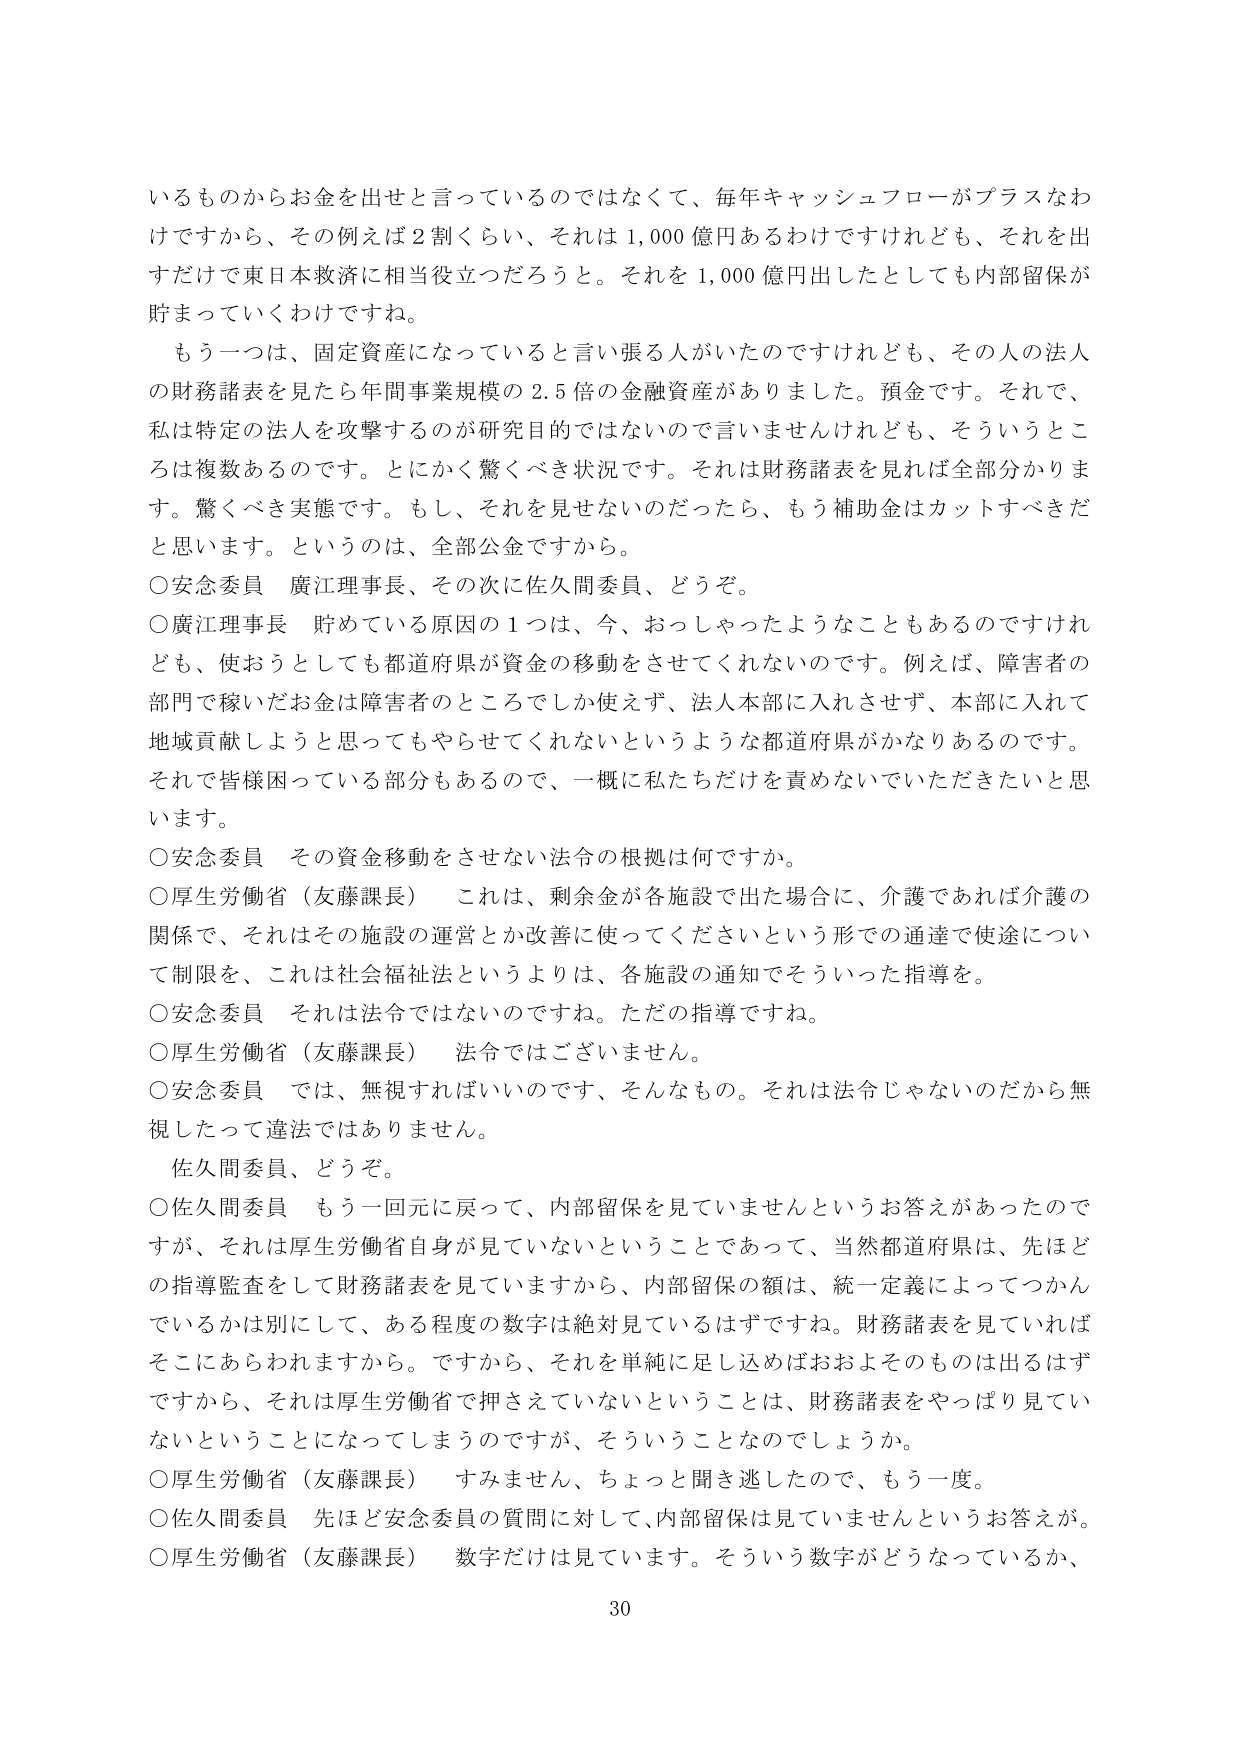
いるものからお金を出せと言っているのではなくて、毎年キャッシュフローがプラスなわけですから、その例えば２割くらい、それは1,000億円あるわけですけれども、それを出すだけで東日本救済に相当役立つだろうと。それを1,000億円出したとしても内部留保が貯まっていくわけですね。

もう一つは、固定資産になっていると言い張る人がいたのですけれども、その人の法人の財務諸表を見たら年間事業規模の2.5倍の金融資産がありました。預金です。それで、私は特定の法人を攻撃するのが研究目的ではないので言いませんけれども、そういうところは複数あるのです。とにかく驚くべき状況です。それは財務諸表を見れば全部分かります。驚くべき実態です。もし、それを見せないのだったら、もう補助金はカットすべきだと思います。というのは、全部公金ですから。

○安念委員　廣江理事長、その次に佐久間委員、どうぞ。

○廣江理事長　貯めている原因の１つは、今、おっしゃったようなこともあるのですけれども、使おうとしても都道府県が資金の移動をさせてくれないのです。例えば、障害者の部門で稼いだお金は障害者のところでしか使えず、法人本部に入れさせず、本部に入れて地域貢献しようと思ってもやらせてくれないというような都道府県がかなりあるのです。それで皆様困っている部分もあるので、一概に私たちだけを責めないでいただきたいと思います。

○安念委員　その資金移動をさせない法令の根拠は何ですか。

○厚生労働省（友藤課長）　これは、剰余金が各施設で出た場合に、介護であれば介護の関係で、それはその施設の運営とか改善に使ってくださいという形での通達で使途について制限を、これは社会福祉法というよりは、各施設の通知でそういった指導を。

○安念委員　それは法令ではないですね。ただの指導ですね。

○厚生労働省（友藤課長）　法令ではございません。

○安念委員　では、無視すればいいのです、そんなもの。それは法令じゃないのだから無視したって違法ではありません。

佐久間委員、どうぞ。

○佐久間委員　もう一回元に戻って、内部留保を見ていませんというお答えがあったのですが、それは厚生労働省自身が見ていないということであって、当然都道府県は、先ほどどの指導監査をして財務諸表を見ていますから、内部留保の額は、統一定義によってつかんでいるかは別にして、ある程度の数字は絶対見ているはずです。財務諸表を見ていればそこにあらわれますから。ですから、それを単純に足し込めばおよそのものは出るはずですから、それは厚生労働省で押さえていないということは、財務諸表をやっぱり見ていないということになってしまうのですが、そういうことなのでしょうか。

○厚生労働省（友藤課長）　すみません、ちょっと聞き逃したので、もう一度。

○佐久間委員　先ほど安念委員の質問に対して、内部留保は見ていませんというお答えが。

○厚生労働省（友藤課長）　数字だけは見ています。そういう数字がどうなっているか、
30